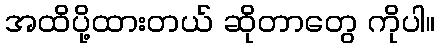
အထိပို့ထားတယ် ဆိုတာတွေ ကိုပါ။